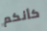
كأنكم